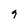
Character: 9